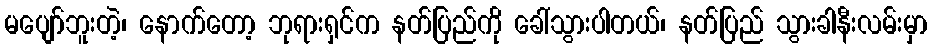
မပျော်ဘူးတဲ့၊ နောက်တော့ ဘုရားရှင်က နတ်ပြည်ကို ခေါ်သွားပါတယ်၊ နတ်ပြည် သွားခါနီးလမ်းမှာ